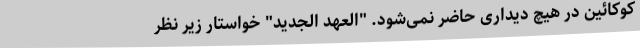
کوکائین در هیچ دیداری حاضر نمی‌شود. "العهد الجدید" خواستار زیر نظر